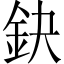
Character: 鈌